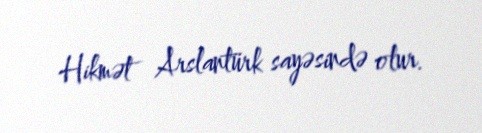
Hikmət Arslantürk sayəsində olur.